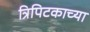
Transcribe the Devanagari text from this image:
त्रिपिटकाच्या